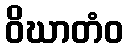
ဝိဃာတံဝ